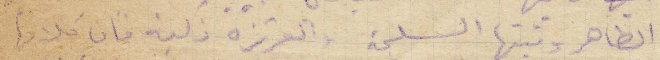
الطاهر ونيتها السليمة والعزيزة ذكية فان كلامها